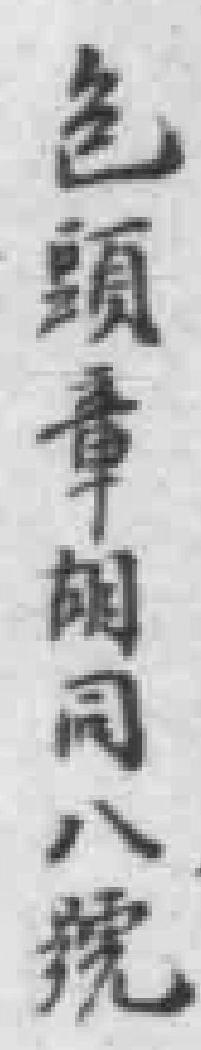
色頭章朗同八號